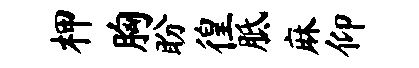
柙胸盼徨胝麻仰